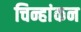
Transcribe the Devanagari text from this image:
चिन्हांकन